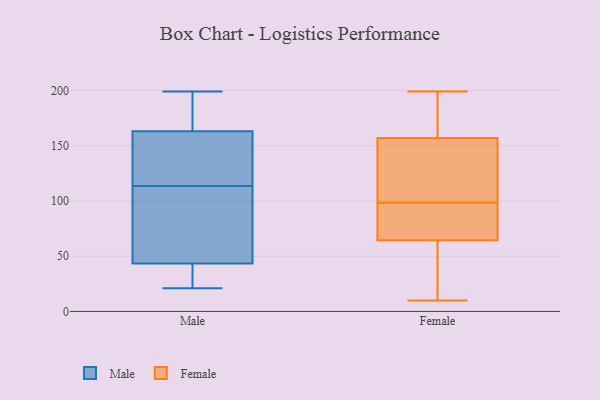
{"axis": {"x": "Waste Production (Tons)", "y": "Value"}, "legend": ["Female", "Male"], "data": [{"x": "", "y": 123, "type": "Male"}, {"x": "", "y": 173, "type": "Male"}, {"x": "", "y": 199, "type": "Male"}, {"x": "", "y": 34, "type": "Male"}, {"x": "", "y": 54, "type": "Male"}, {"x": "", "y": 21, "type": "Male"}, {"x": "", "y": 148, "type": "Male"}, {"x": "", "y": 46, "type": "Male"}, {"x": "", "y": 27, "type": "Male"}, {"x": "", "y": 48, "type": "Male"}, {"x": "", "y": 44, "type": "Male"}, {"x": "", "y": 35, "type": "Male"}, {"x": "", "y": 192, "type": "Male"}, {"x": "", "y": 164, "type": "Male"}, {"x": "", "y": 128, "type": "Male"}, {"x": "", "y": 139, "type": "Male"}, {"x": "", "y": 104, "type": "Male"}, {"x": "", "y": 43, "type": "Male"}, {"x": "", "y": 166, "type": "Male"}, {"x": "", "y": 162, "type": "Male"}, {"x": "", "y": 115, "type": "Female"}, {"x": "", "y": 156, "type": "Female"}, {"x": "", "y": 82, "type": "Female"}, {"x": "", "y": 199, "type": "Female"}, {"x": "", "y": 29, "type": "Female"}, {"x": "", "y": 77, "type": "Female"}, {"x": "", "y": 10, "type": "Female"}, {"x": "", "y": 168, "type": "Female"}, {"x": "", "y": 146, "type": "Female"}, {"x": "", "y": 158, "type": "Female"}, {"x": "", "y": 73, "type": "Female"}, {"x": "", "y": 56, "type": "Female"}]}